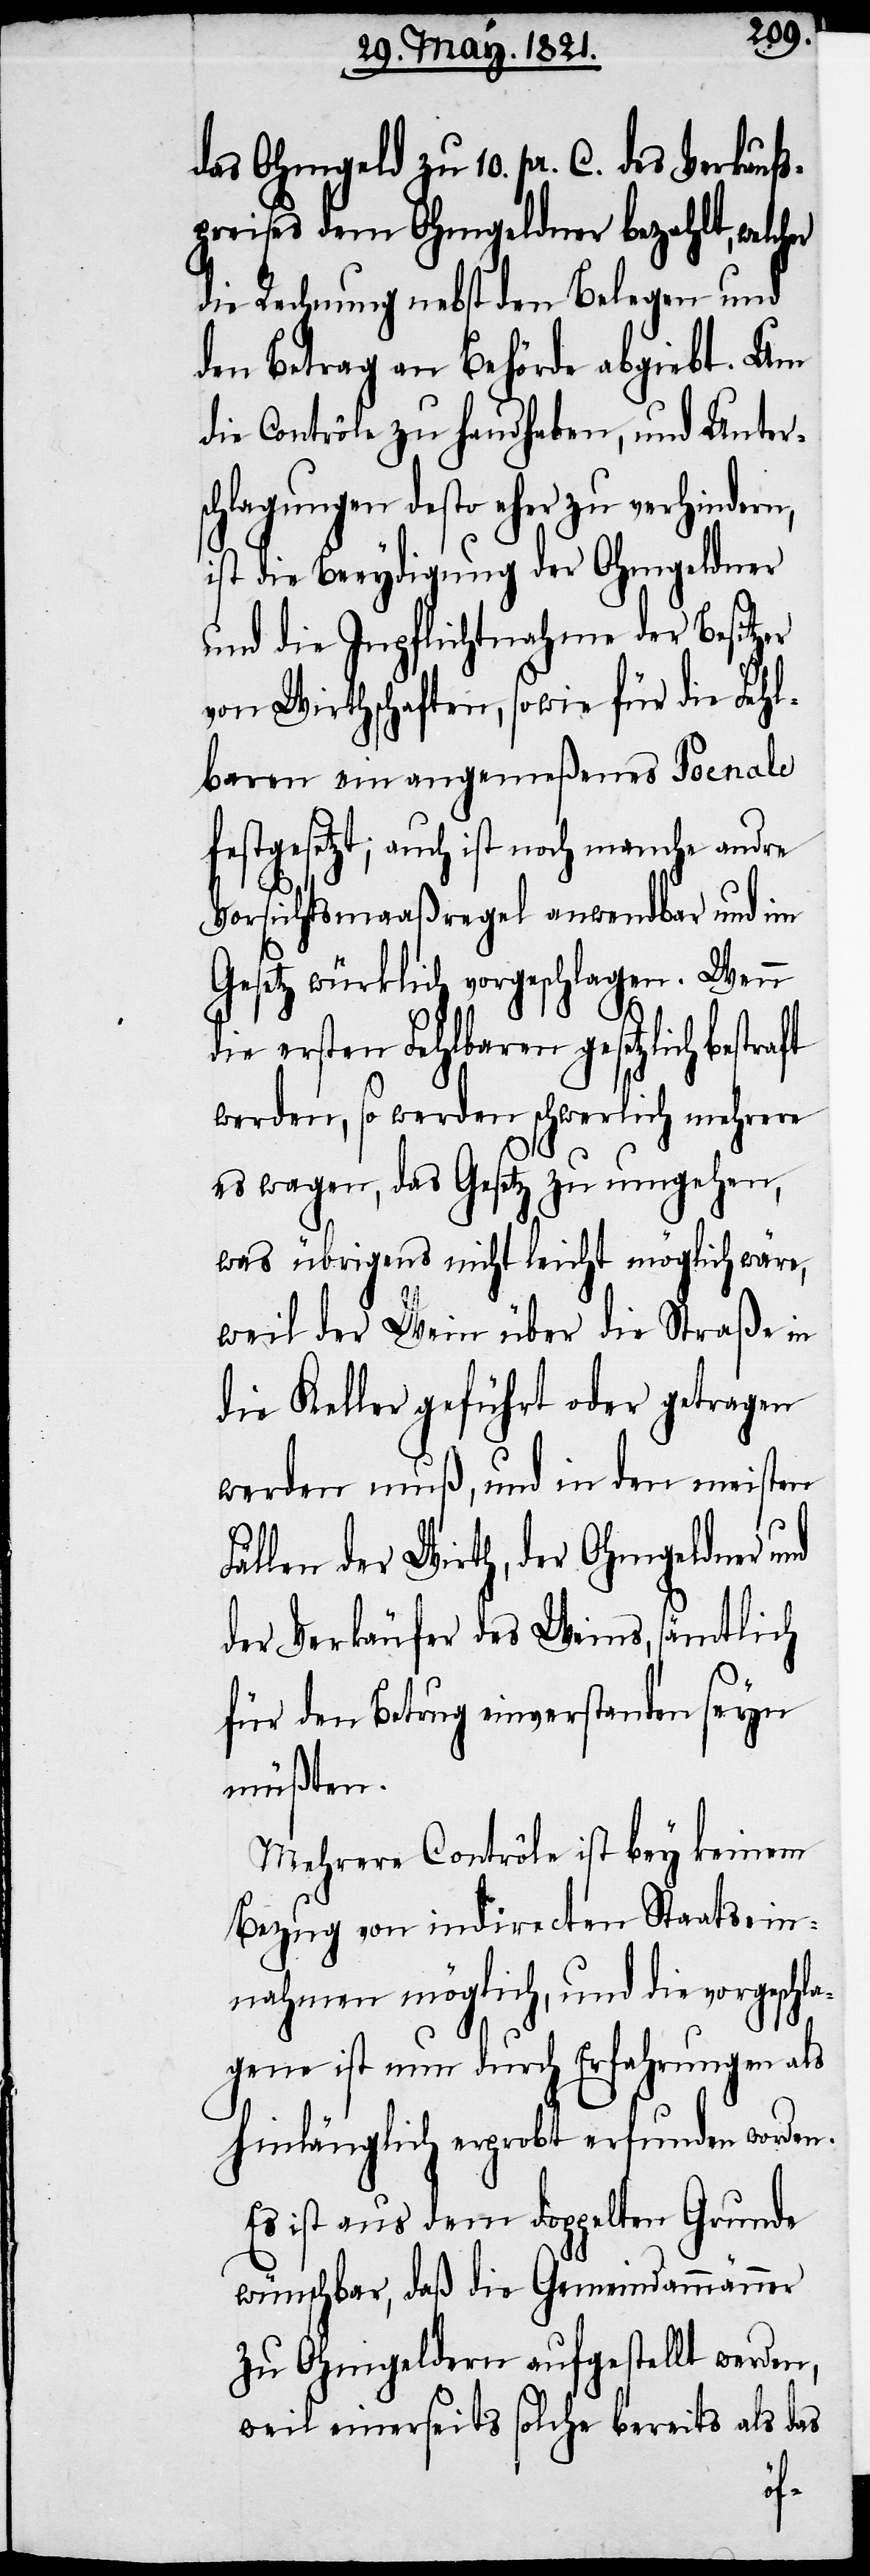
das Ohmgeld zu 10. pr. C. des Verkaufs¬
preises dem Ohmgeldner bezahlt, welch¬
die Rechnung nebst den Belegen und
den Betrag an Behörde abgiebt. Um
die Contrôle zu handhaben, und Unters¬
chlagungen desto eher zu verhindern,
ist die Beeydigung der Ohmgeldner
und die Inpflichtnahme der Besitzer
von Wirthschaften, sowie für die Fehl¬
baren ein angemeßenes Poenale
stgesetzt; auch ist noch manche andre
Vorsichtsmaaßregel anwendbar und im
Gesetz würklich vorgeschlagen. Wenn
ie ersten Fehlbaren gesetzlich bestr¬
werden, so werden schwerlich mehrere
es wagen, das Gesetz zu umgehen,
was übrigens nicht leicht möglich wäre,
weil der Wein über die Straße in
die Keller geführt oder getragen
werden muß, und in den meisten
Fällen der Wirth, der Ohmgeldner und
der Verkäufer des Weins, sämtlich
für den Betrug einverstanden seyn
müßten.
Mehrere Contrôle ist bey keinem
Bezug von indirecten Staatsein¬
nahmen möglich, und die vorgeschla¬
gene ist nun durch Erfahrungen als
hinlänglich erprobt erfunden worden.
Es ist aus dem doppelten Grunde
wünschbar, daß die Gemeindammänner
zu Ohmgeld[n]ern aufgestellt werden,
weil einerseits solche bereits als das
aft